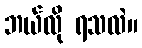
ဘယ်လို ရသလဲ။